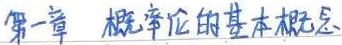
第一章 概率论的基本概念